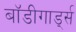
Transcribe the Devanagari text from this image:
बाॅडीगार्ड्स